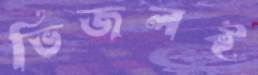
ভিজলই